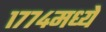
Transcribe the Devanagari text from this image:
१७७४मध्ये